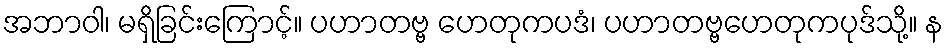
အဘာဝါ၊ မရှိခြင်းကြောင့်။ ပဟာတဗ္ဗ ဟေတုကပဒံ၊ ပဟာတဗ္ဗဟေတုကပုဒ်သို့။ န